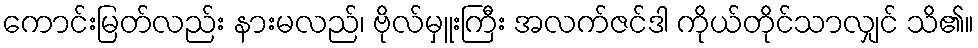
ကောင်းမြတ်လည်း နားမလည်၊ ဗိုလ်မှူးကြီး အလက်ဇင်ဒါ ကိုယ်တိုင်သာလျှင် သိ၏။